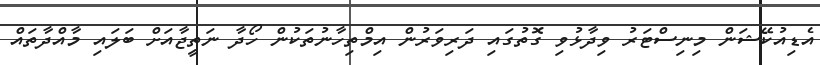
އެޑިއުކޭޝަން މިނިސްޓަރު ވިދާޅުވި ގޮތުގައި ދަރިވަރުން އިމްތިހާނުތަކުން ހޯދާ ނަތީޖާއަށް ބަލައި މާއްދާތައް